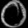
Digit: ၀